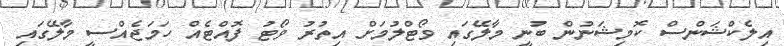
އިލެކްޝަންސް ކޮމިޝަނުން ބުނީ މާލޭގައި ވޯޓްލުމަށް އިތުރު ވޯޓު ފޮއްޓެއް ހަމަޖެއްސީ މާލޭގައި